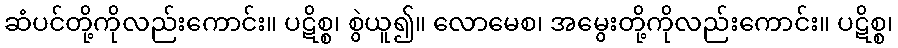
ဆံပင်တို့ကိုလည်းကောင်း။ ပဋိစ္စ၊ စွဲယူ၍။ လောမေစ၊ အမွေးတို့ကိုလည်းကောင်း။ ပဋိစ္စ၊